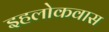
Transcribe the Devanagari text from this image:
इहलोकवास